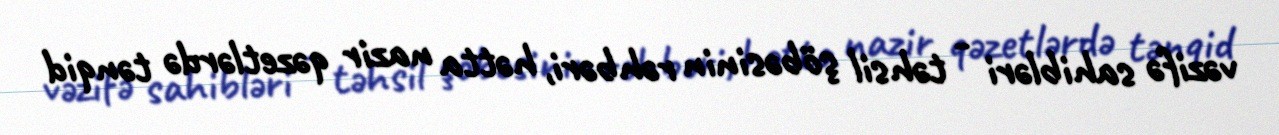
vəzifə sahibləri - təhsil şöbəsinin rəhbəri, hətta nazir qəzetlərdə tənqid